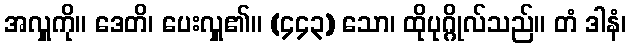
အလှူကို။ ဒေတိ၊ ပေးလှူ၏။ (၄၄၃) သော၊ ထိုပုဂ္ဂိုလ်သည်။ တံ ဒါနံ၊